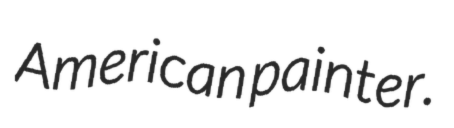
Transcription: American painter.